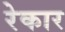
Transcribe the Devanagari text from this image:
रेकार